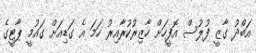
އަބްދު ގާޒީ ފުލުސް އޮފީހަށް ހާޒިރުކުރާއިރު ހަމަ އެ ގަޑިއަށް ގައުމީ ޕާޓީގެ